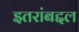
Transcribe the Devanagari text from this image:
इतरांबद्दल